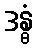
ဒန္ဓံ